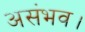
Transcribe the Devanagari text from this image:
असंभव।